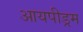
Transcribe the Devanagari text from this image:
आयपीड्रम